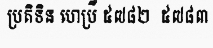
ប្រតិទិន ហេប្រឺ ៥៧៨២  ៥៧៨៣